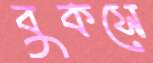
বুকসে